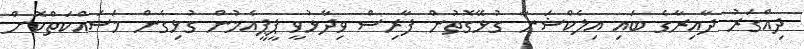
ދިއްގަރު ދާއިރާގެ ބައި އިލެކްޝަނާ ގުޅޭގޮތުން ފާރިސް ވިދާޅުވީ ޕީޕީއެމުން ގުޅިގެން މަސައްކަތްކޮށް